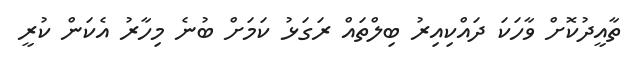
ތާއީދުކޮށް ވާހަކަ ދައްކިއިރު ބިލްތައް ރަގަޅު ކަމަށް ބުނެ މިހާރު އެކަން ކުރީ